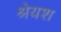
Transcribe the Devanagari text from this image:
श्रेयश